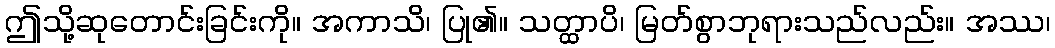
ဤသို့ဆုတောင်းခြင်းကို။ အကာသိ၊ ပြု၏။ သတ္ထာပိ၊ မြတ်စွာဘုရားသည်လည်း။ အဿ၊